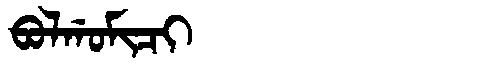
Manchu: ᠪᠣᠯᡤᠣᠮᡳᠴᡳ
Romanization: BOLGOMICI